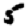
Digit: 5